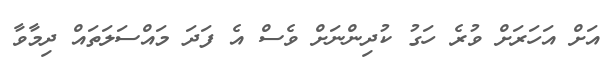
އަށް އަހަރަށް ވުރެ ހަގު ކުދިންނަށް ވެސް އެ ފަދަ މައްސަލަތައް ދިމާވާ